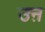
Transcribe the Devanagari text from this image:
उऩ